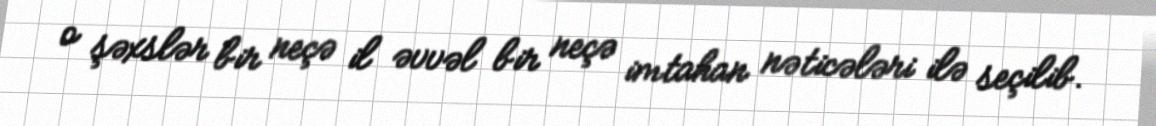
o şəxslər bir neçə il əvvəl bir neçə imtahan nəticələri ilə seçilib.